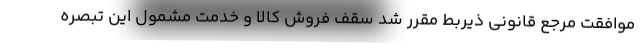
موافقت مرجع قانونی ذیربط مقرر شد سقف فروش کالا و خدمت مشمول این تبصره